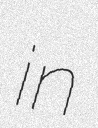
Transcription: in